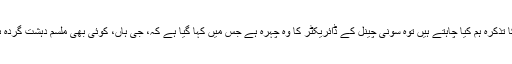
وقعہ جس کا تذکرہ ہم کیا چاہتے ہیں توہ سونی چینل کے ڈائریکٹر کا وہ چہرہ ہے جس میں کہا گیا ہے کہ، جی ہاں، کوئی بھی ملسم دہشت گردہ ہو سکتا ہے۔